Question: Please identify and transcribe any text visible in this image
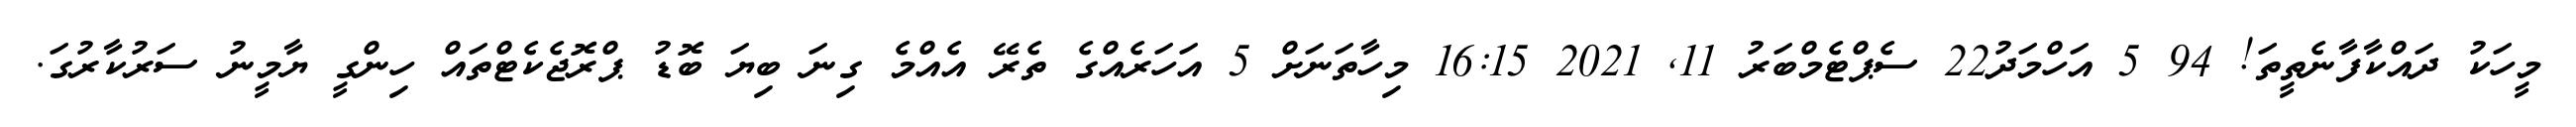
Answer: މީހަކު ދައްކާފާނެތީތަ! 94 5 އަހްމަދު22 ސެޕްޓެމްބަރު 11, 2021 16:15 މިހާތަނަށް 5 އަހަރެއްގެ ތެރޭ އެއްމެ ގިނަ ބިޔަ ބޮޑު ޕްރޮޖެކެޓްތައް ހިންގީ ޔާމީނު ސަރުކާރުގަ.